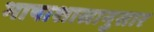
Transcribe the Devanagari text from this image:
भाषाशास्रानुसार